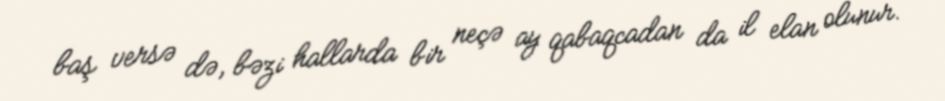
baş versə də, bəzi hallarda bir neçə ay qabaqcadan da il elan olunur.